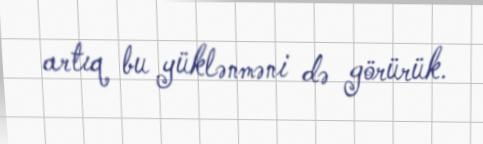
artıq bu yüklənməni də görürük.